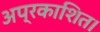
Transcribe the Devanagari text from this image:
अप्रकाशित।